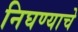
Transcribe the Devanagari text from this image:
निघण्याचे